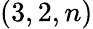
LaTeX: (3,2,n)